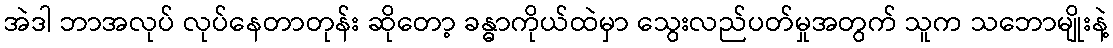
အဲဒါ ဘာအလုပ် လုပ်နေတာတုန်း ဆိုတော့ ခန္ဓာကိုယ်ထဲမှာ သွေးလည်ပတ်မှုအတွက် သူက သဘောမျိုးနဲ့